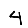
Digit: 4